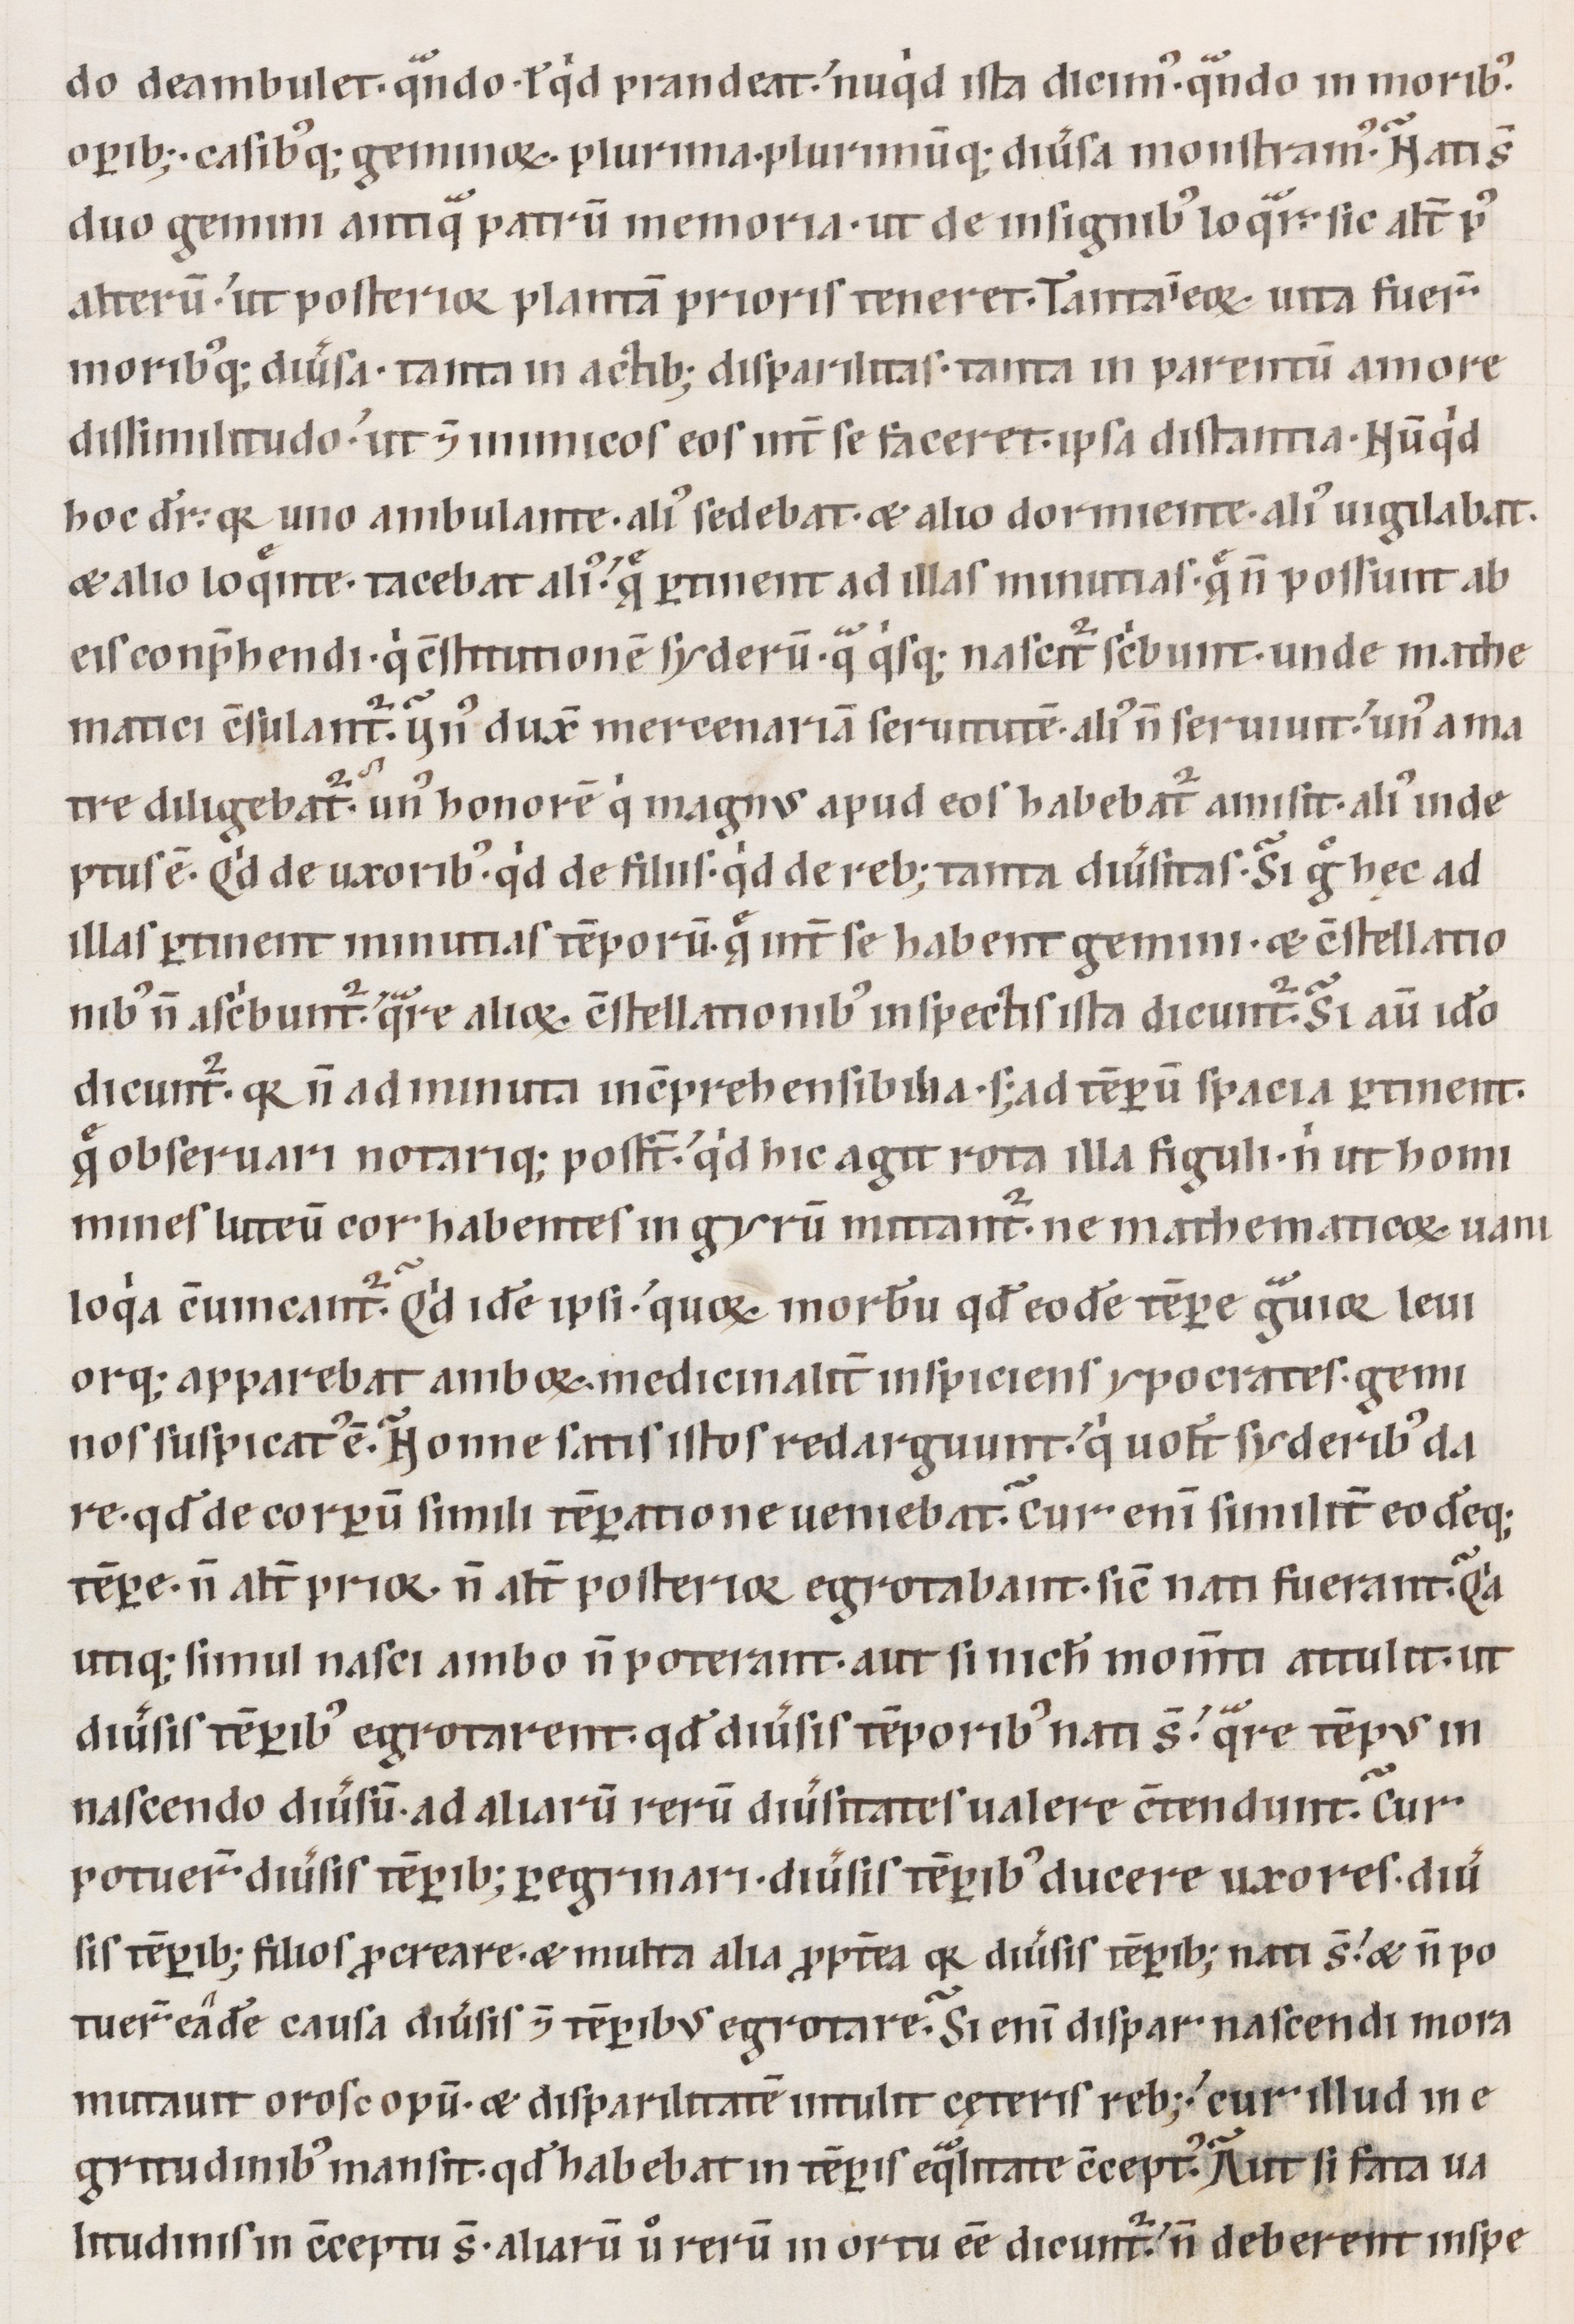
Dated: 1100–1199